65_HS1-834228961_62-HQ-83894_Section_7
Agency: FBI
Page 130
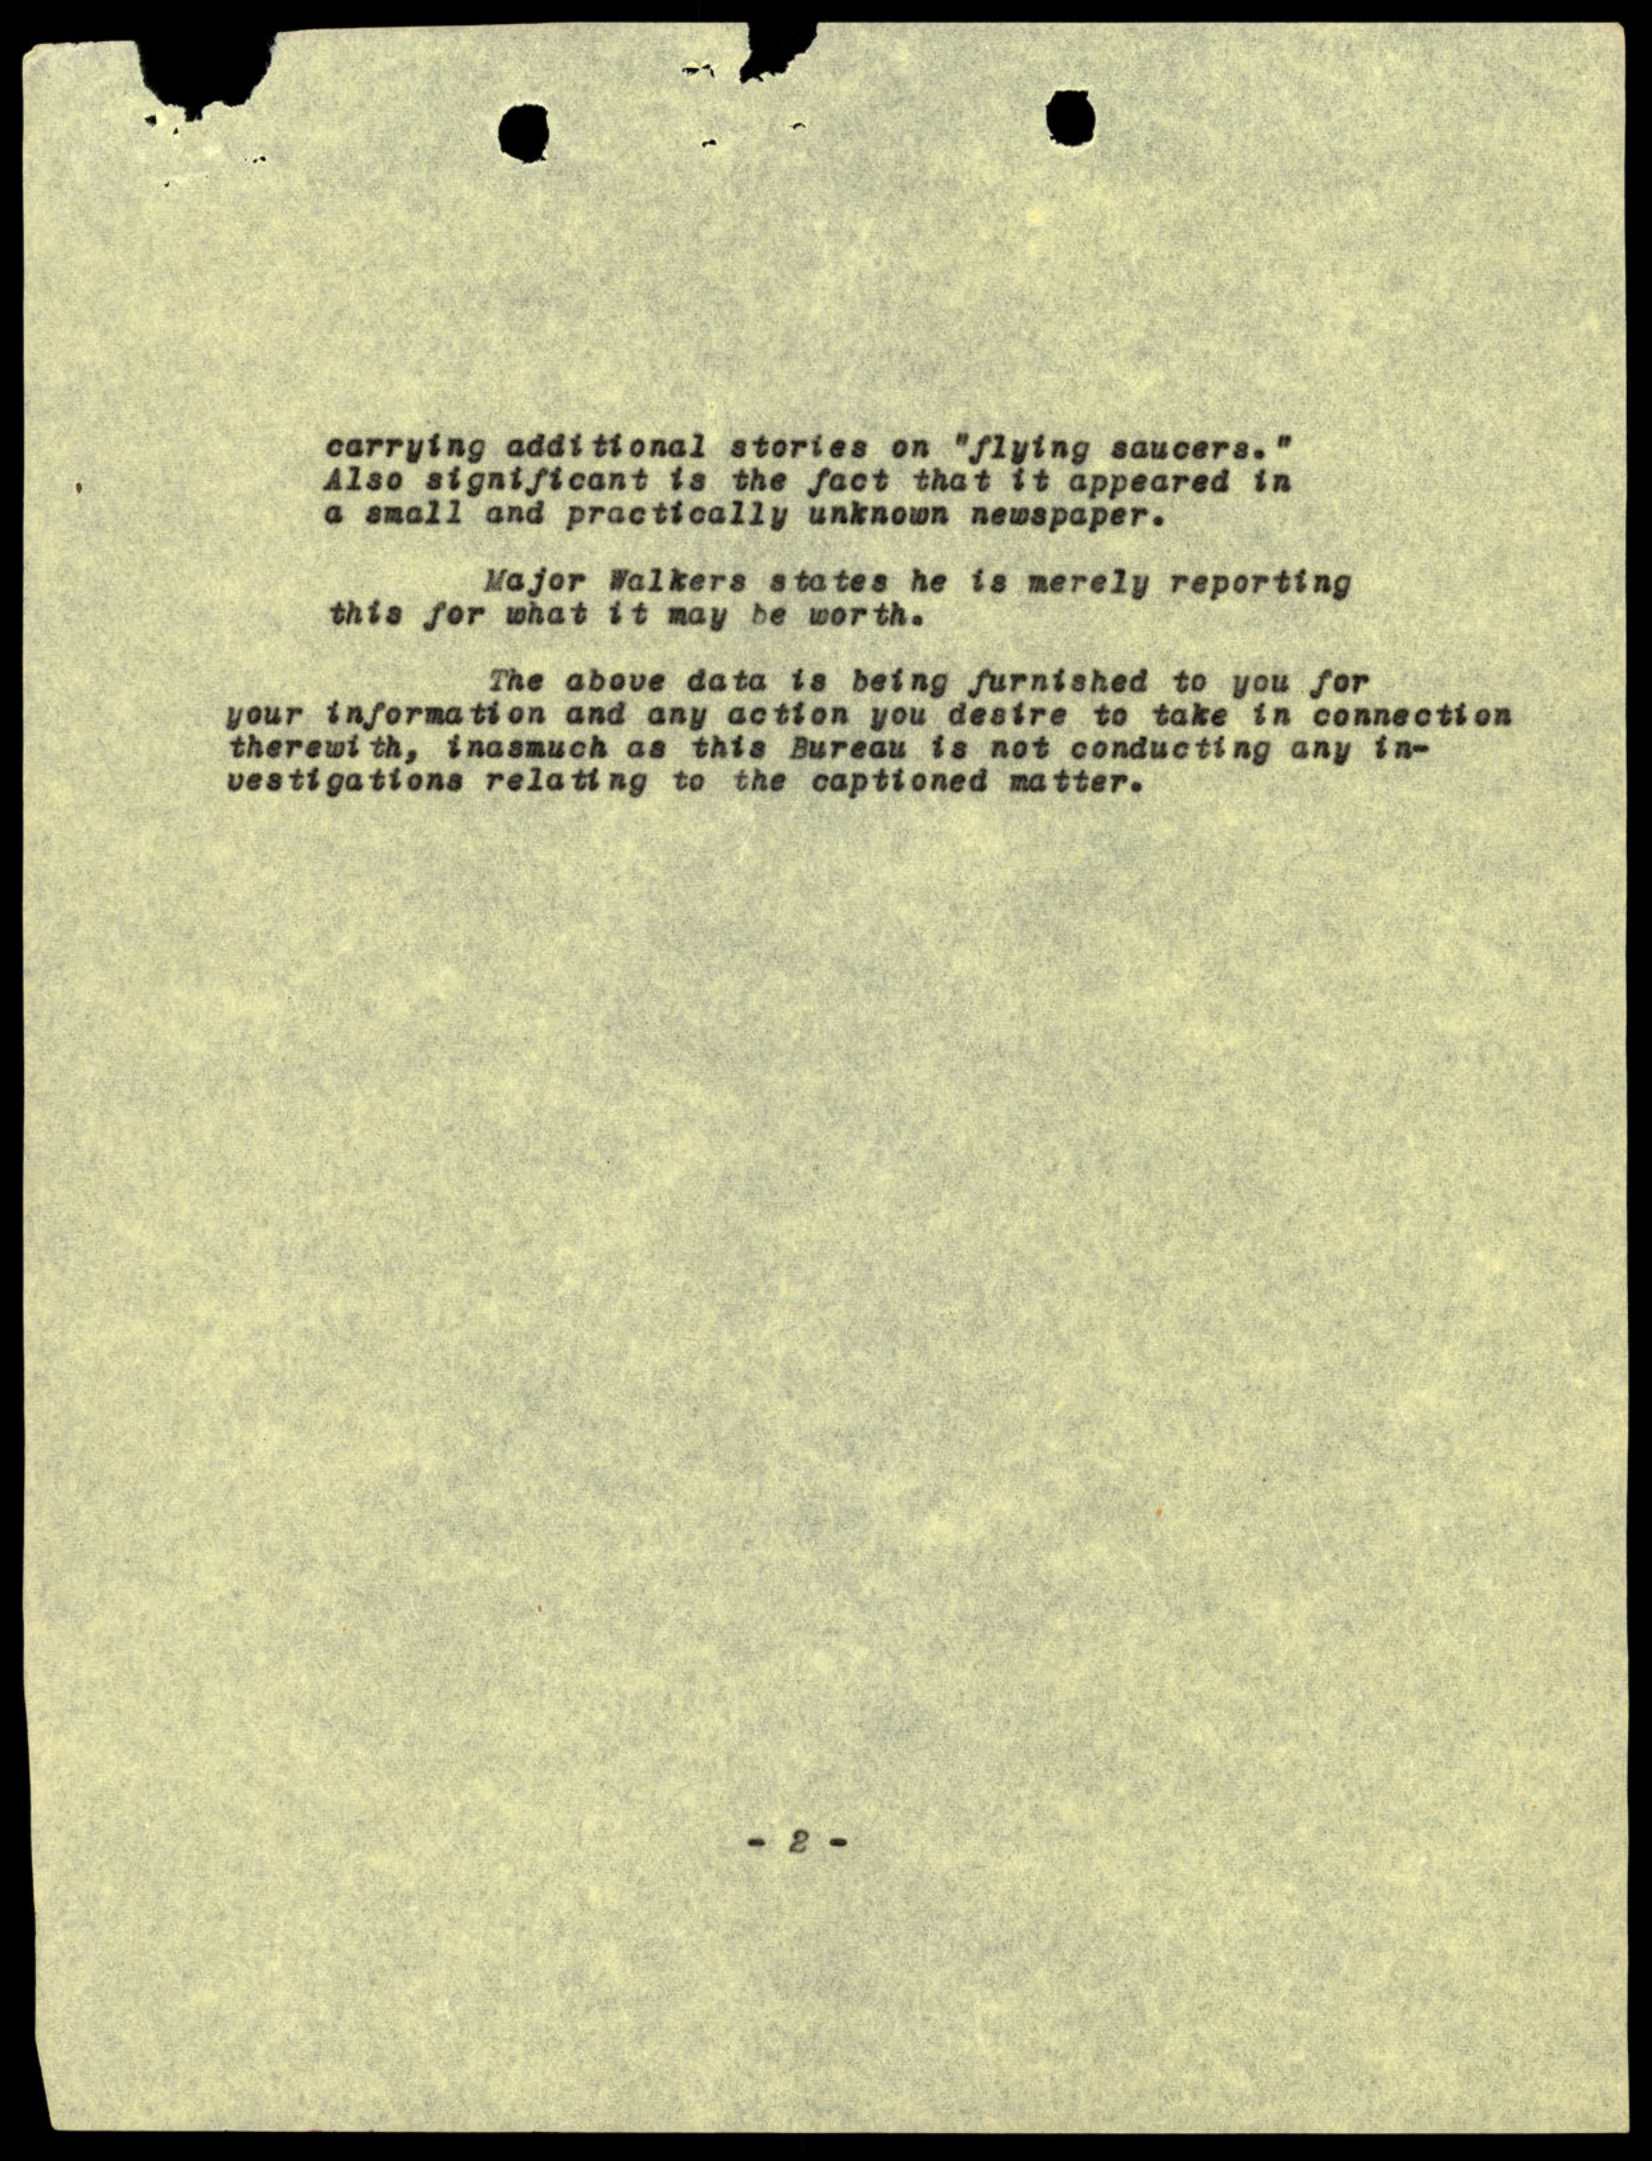